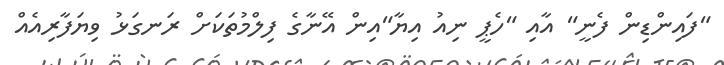
"ފައިންޑިން ފެނީ" އާއި "ހެޕީ ނިއު އިޔާ"އިން އޭނާގެ ފިލްމުތަކަށް ރަނގަޅު ވިޔަފާރިއެއް